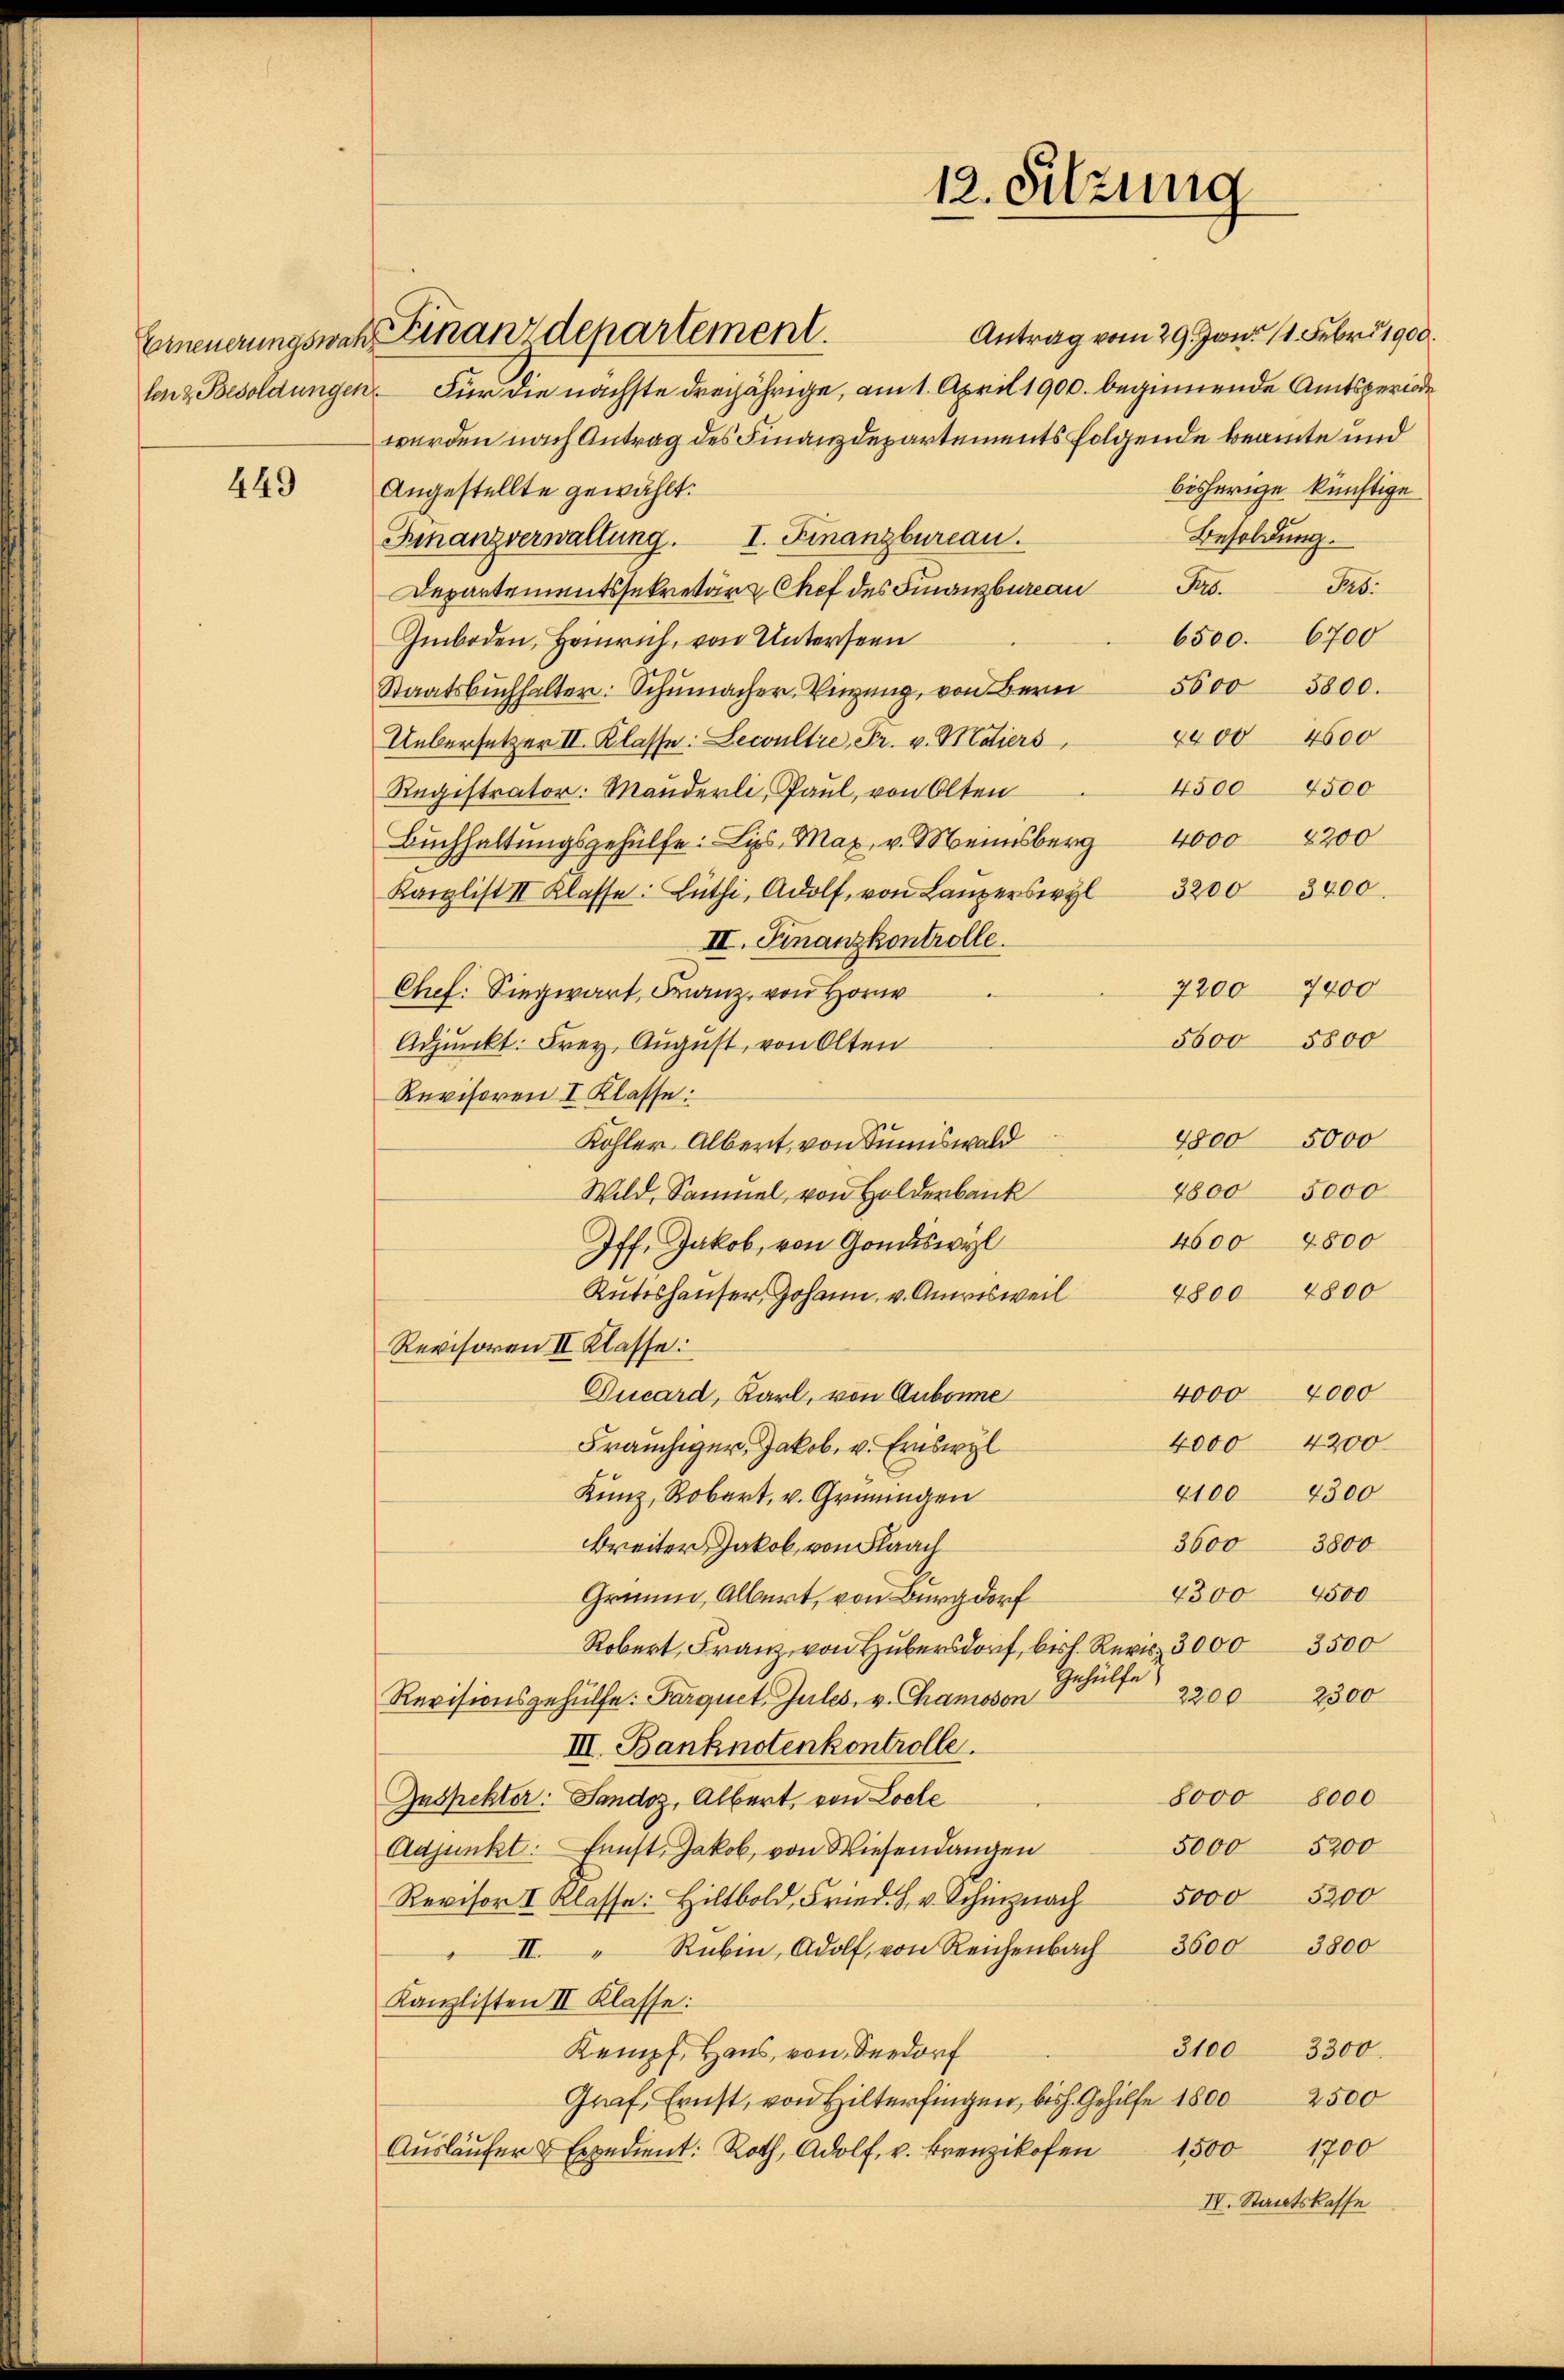
449

Emeuerungswahl einandepartement.

12. Sitzung

len & Besoldungen. Für die nächste dreijährige, am 1. April 1900. beginnende Amtsperiode
wurden nach Antrag des Finanzdepartements folgende beamte und
Angestellte gewählt:
Finanzverwaltung. I. Finanzbureau.
Departementssekretär Chef des Finanzbureau.Prs.
6500. 6700
Imboden, Heinrich, von Unterseen
Staatsbuchhalter: Schumacher Vinŭng, von Bern 600 5800.
4400 4600
Uebersetzer II. Klasse: Lecoultre, Fr. v. Maiers,
4500 4500
Registrator. Manderli, Paul, von Olten
Buchhaltŭngsgehülfe. Lips, Max v. Meinsberg 4000 2200
Kanzlist II Klasse: Lüthi, Adolf, von Lŭzerswyl 32003400
II. Finanzkontrolle.
7200 9400
Chef: Siegwart, Franz von Horne
5000
5000
Adjunkt: Frey, August, von Olten
Revisoren I Klasse:
4800 5000
Kohler Albert, von Sumiswald
2800 5000
Wild, Samuel von Holderbank
2000
4600
Iff. Jakob, von Gondiswyl
Rŭteshaŭser, Johann u. Anerisweil 4800 4800
Revisoren II Klasse:
4000 4000
Ducard, Karl, von Aubonne
4000 4200
Fräuchiger, Jakob. v. Eriswyl
4100 4300
Kunz, Robert, v. Grüningen
3800
Breiter Jakob, von Flaach
3600
2300
4500
Gruum, Albert, von Burgdorf
Robert, Franz von Huber, biss. Revis 3000 3500
Revisionsgehülfe: Parquet. Jules, v. Chramosen Gehülfe
2300
2200
III. Banknotenkontrolle.
8000 8000
Inspektor. Sandoz, Albert, von Loele
5200
5000
Adjunkt: Fenst, Jakob, von Wiesendangen
5000 5200
Revisor I. Klasse: Hiltbold, Fried. H. v. Schinznach
3600
3800
" II. " Rubin, Adolf, von Reichenbach
Kanzlisten II Klasse:
3100 3300.
Kempf, Haus, von Verdorf
2500
Graf, Ernst, von Hilterfingen, bis h. Gehilfe 1800
Aŭsläŭfer & Expedient. Roth, Adolf, v. Brenzikofen 1500 1700
IV. Staatskasse

Antrag vom 29. Jan. 11. Febr. 1900
bisherige künftige
Besoldung.